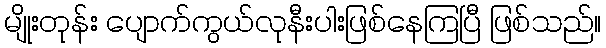
မျိုးတုန်း ပျောက်ကွယ်လုနီးပါးဖြစ်နေကြပြီ ဖြစ်သည်။